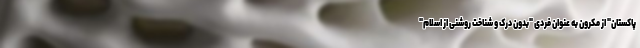
پاکستان" از مکرون به عنوان فردی "بدون درک و شناخت روشنی از اسلام"